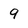
Character: 9